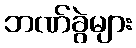
ဘဏ်ခွဲများ